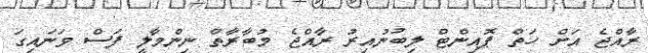
ރާއްޖެ އަށް ހަތް ޕޮއިންޓް ލިބުނުއިރު ރާއްޖެ މުބާރާތް ނިންމާލީ ފަސް ވަނައިގަ